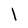
Character: l